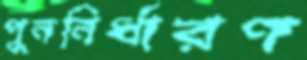
পুননির্ধারণ